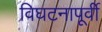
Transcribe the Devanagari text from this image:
विघटनापूर्वी